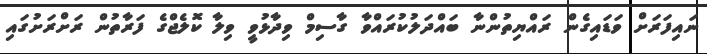
ނައިފަރަށް ވަޑައިގެން ރައްޔިތުންނާ ބައްދަލުކުރައްވާ ގާސިމް ވިދާޅުވީ ވިލާ ކޮލެޖްގެ ފަރާތުން ރަށްރަށުގައި